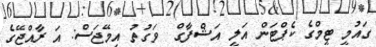
ގައުމީ ޓީމްގެ ކެޕްޓަން އަލީ އަޝްފާގް  ވަގުތު އިމޭޖަސް: އަ ރާއްޖޭގެ